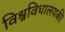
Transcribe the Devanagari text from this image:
विश्वविधालयकी